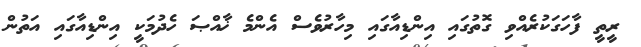
ރީތީ ފާހަގަކުރެއްވި ގޮތުގައި އިންޑިއާގައި މިހާރުވެސް އެންމެ ޚާއްޞަ ހެދުމަކީ އިންޑިއާގައި އަތުން